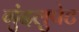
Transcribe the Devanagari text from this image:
गुंदलुपेट